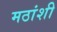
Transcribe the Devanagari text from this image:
मठांशी